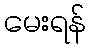
မေးရန်